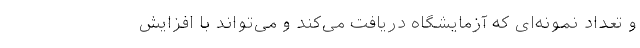
و تعداد نمونه‌ای که آزمایشگاه دریافت می‌کند و می‌تواند با افزایش